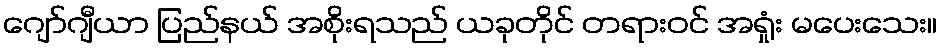
ဂျော်ဂျီယာ ပြည်နယ် အစိုးရသည် ယခုတိုင် တရားဝင် အရှုံး မပေးသေး။